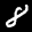
Label: 8